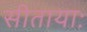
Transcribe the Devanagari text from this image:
सीतायाः